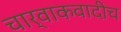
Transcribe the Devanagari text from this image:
चार्वाकवादीच